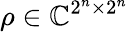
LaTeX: \rho\in\mathbb{C}^{2^{n}\times 2^{n}}